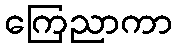
ကြေညာကာ